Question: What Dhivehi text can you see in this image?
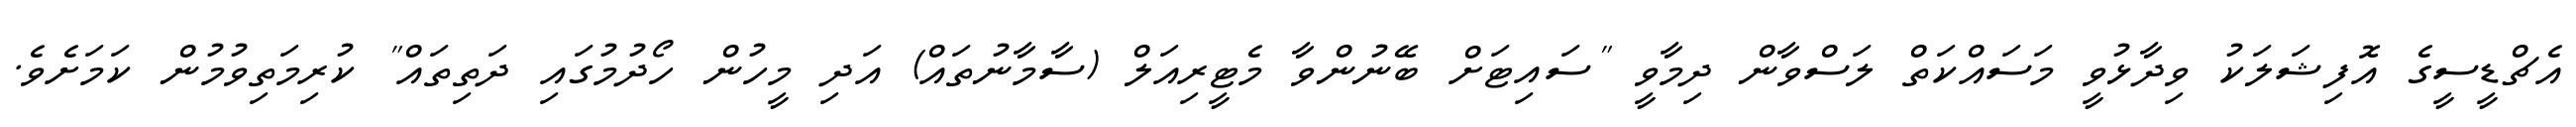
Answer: އެޗްޑީސީގެ އޮފިޝަލަކު ވިދާޅުވީ މަސައްކަތް ލަސްވާން ދިމާވީ "ސައިޓަށް ބޭނުންވާ މެޓީރިއަލް (ސާމާނުތައް) އަދި މީހުން ހޯދުމުގައި ދަތިތައް" ކުރިމަތިވުމުން ކަމަށެވެ.